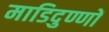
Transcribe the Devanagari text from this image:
माडिदुण्णों